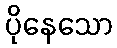
ပိုနေသော